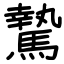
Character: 騺